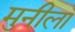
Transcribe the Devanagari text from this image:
मुनीला